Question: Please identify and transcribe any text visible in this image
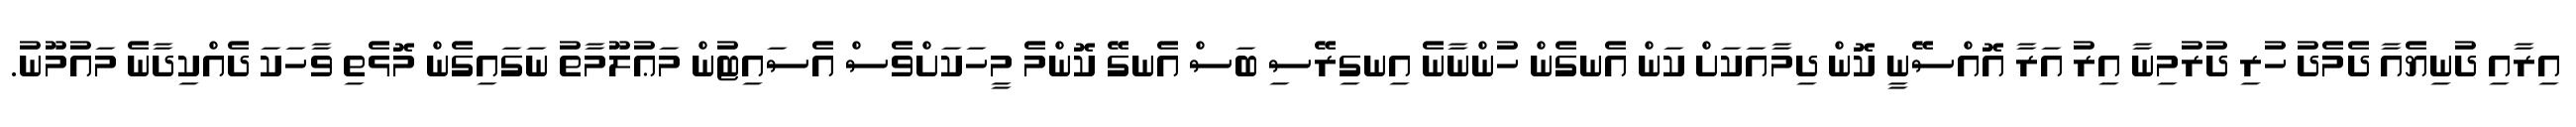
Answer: އިރާއި ދުނިޔެއާ ދެމެދު ހުރި ދުރުމިނާ އިރު އަރާ އޮއްސޭނީ ކޮން ދިމާއަކަށް ކަން އެނގެން ހުންނާނެ އިނގިރޭސި ބަސް އެނގޭ ކޮންމެ މީހަކަށްވެސް އެސައިޓުން މަޢުލޫމާތު ނަގައިގެން މޮޅެތި ވާހަކަ ދެއްކިދާނެ މައުމޫނު.